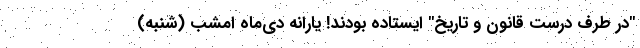
"در طرف درست قانون و تاریخ" ایستاده بودند! یارانه دی‌ماه امشب (شنبه)